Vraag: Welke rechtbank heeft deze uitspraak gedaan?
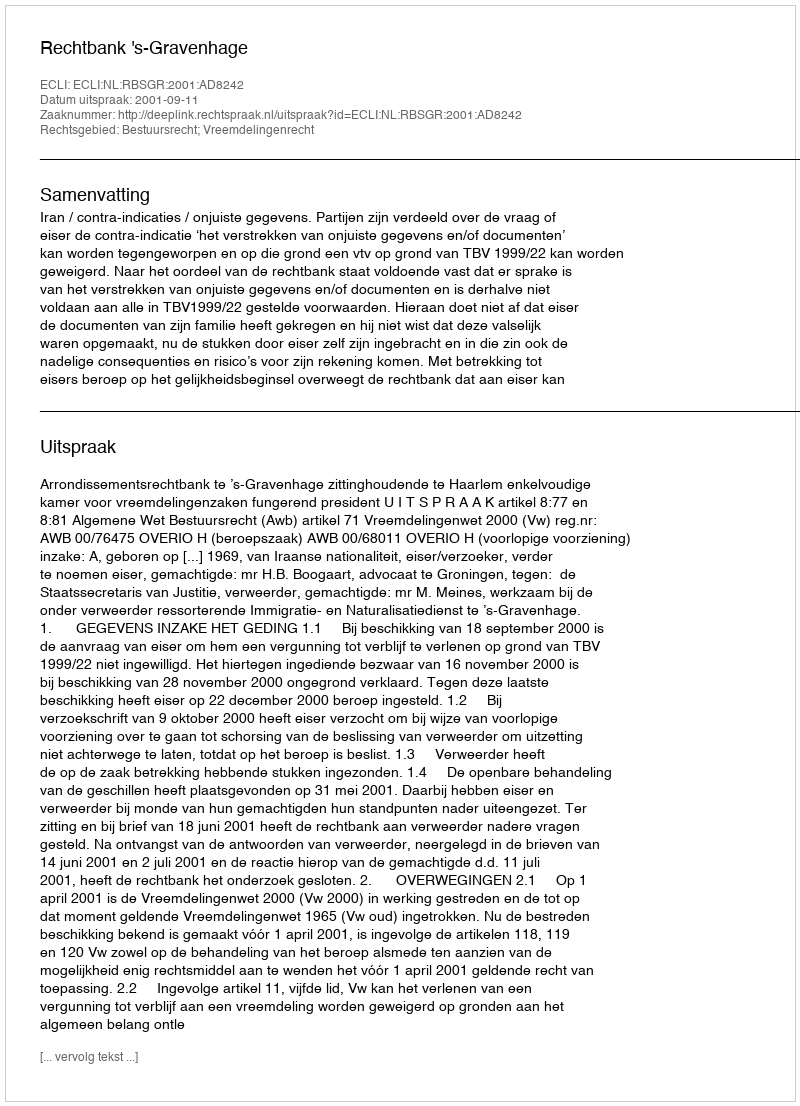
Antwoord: Rechtbank 's-Gravenhage